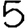
Digit: 5